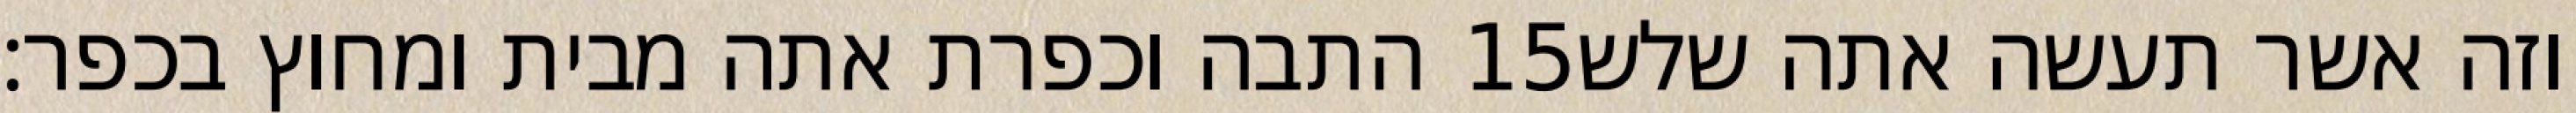
התבה וכפרת אתה מבית ומחוץ בכפר׃ ‎15‏ וזה אשר תעשה אתה שלש